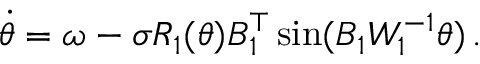
\begin{array} { r } { \Dot { \theta } = \omega - \sigma R _ { 1 } ( \theta ) B _ { 1 } ^ { \top } \sin ( B _ { 1 } W _ { 1 } ^ { - 1 } \theta ) \, . } \end{array}